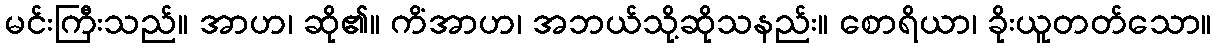
မင်းကြီးသည်။ အာဟ၊ ဆို၏။ ကိံအာဟ၊ အဘယ်သို့ဆိုသနည်း။ စောရိယာ၊ ခိုးယူတတ်သော။